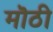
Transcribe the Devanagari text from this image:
मॊठी